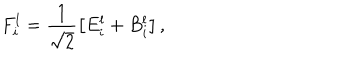
F _ { i } ^ { l } = \frac { 1 } { \sqrt { 2 } } \left[ E _ { i } ^ { l } + B _ { i } ^ { l } \right] ,